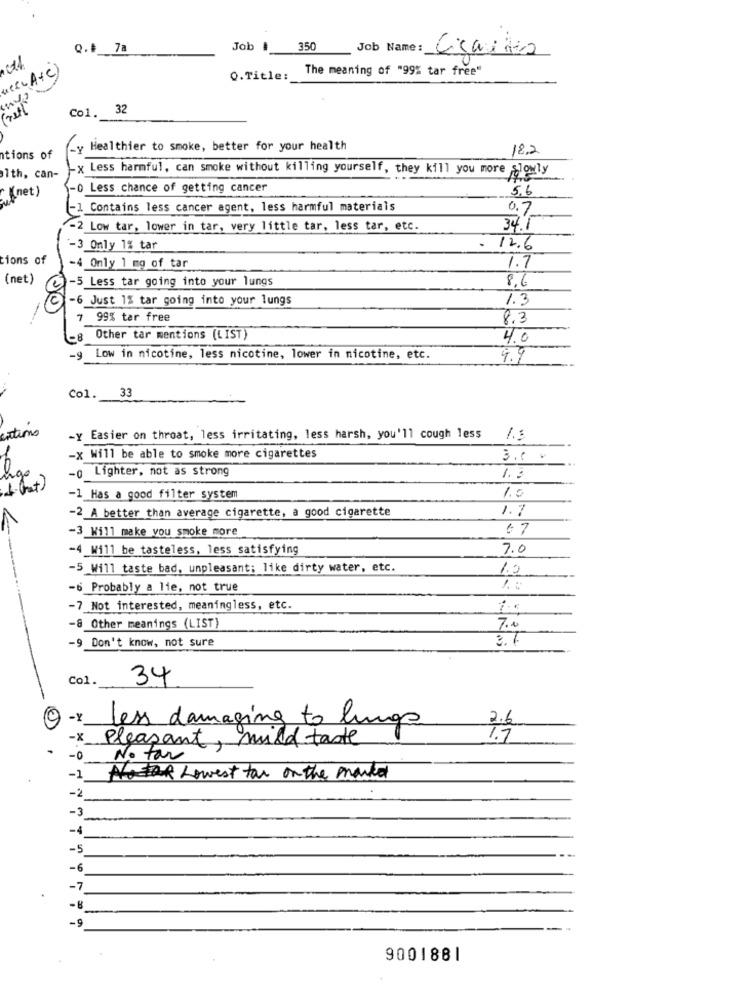
Q.# 7a
Job #
350
Job Name:
we(A+C)
The meaning of "99% tar free"
0.Title:
Co1. 32
Ly Healthier to smoke, better for your health
18.2
tions of
x Less harmful, can smoke without killing yourself, they kill you more slowly
1th, can-
-0 Less chance of getting cancer
5.6
(net)
-1 Contains less cancer agent, less harmful materials
0.7
-2 Low tar, lower in tar, very little tar, less tar, etc.
34.1
-3 Only 1% tar
. 12.6
tions of
-4 Only 1 mg of tar
1.7
(net)
-5 Less tar going into your lungs
8,0
-6 Just 1% tar going into your lungs
1.3
99% tar free
8.3
-8
Other tar mentions (LIST)
4.0
Low in nicotine, less nicotine, lower in nicotine, etc.
9.9
Col. 33
cations
-y Easier on throat, less irritating, less harsh, you'll cough less /.5
-x Will be able to smoke more cigarettes
3.6 0
o Lighter, not as strong
1.3
1.0
-1 Has a good filter system
-2_A better than average cigarette, a good cigarette
1.7
-3_Will make you smoke more
6 7
-4_Will be tasteless, less satisfying
7.0
-5_Will taste bad, unpleasant; like dirty water, etc.
1.0
-6 Probably a lie, not true
1. 0
-7_Not interested, meaningless, etc.
-8 Other meanings (LIST)
7.0
3.1
-9 Don't know, not sure
Co1.
34
(@) -x
Less damaging to lungs
2.6
-x Pleasant, mild taste
1.7
-0 No tar
-1
Lowest for on the market
-2
-3
-4
-5
-6
-7
9001881